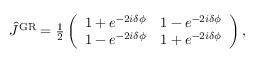
\begin{array} { r } { \hat { J } ^ { \mathrm { G R } } = \frac { 1 } { 2 } \left( \begin{array} { l l } { 1 + e ^ { - 2 i \delta \phi } } & { 1 - e ^ { - 2 i \delta \phi } } \\ { 1 - e ^ { - 2 i \delta \phi } } & { 1 + e ^ { - 2 i \delta \phi } } \end{array} \right) , } \end{array}